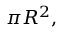
\pi R ^ { 2 } ,